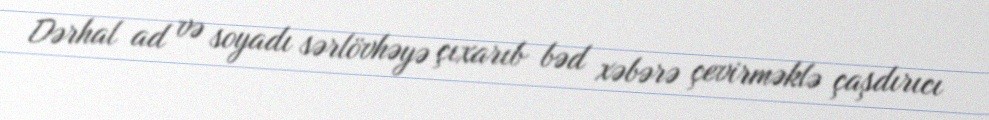
Dərhal ad və soyadı sərlövhəyə çıxarıb bəd xəbərə çevirməklə çaşdırıcı